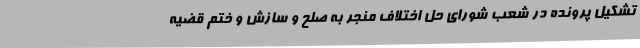
تشکیل پرونده در شعب شورای حل اختلاف منجر به صلح و سازش و ختم قضیه